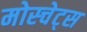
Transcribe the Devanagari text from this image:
मोस्चेट्स